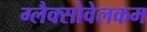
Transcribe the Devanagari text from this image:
ग्लैक्सोवेलकम